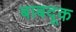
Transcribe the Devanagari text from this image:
बाबदूक